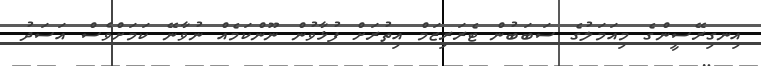
އިނގިރޭސީންގެ މިއަމަލުގެ ސަބަބުން ޓެރަރިޒަމް އިތުރަށް ފުޅާވުން ނޫންކަމެއް ނުވާނޭ ކަމަށްވެސް އަސަދު